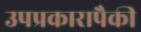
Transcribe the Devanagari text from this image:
उपप्रकारापैकी